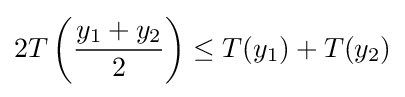
2T\left({\frac {y_{1}+y_{2}}{2}}\right)\leq T(y_{1})+T(y_{2})